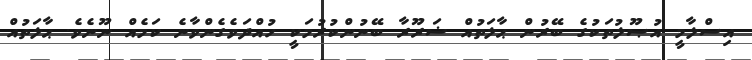
އިސްލާމީ އުޞޫލުތަކުގެ ބޭރުން ޙާލަތުއް ޟަރޫރާ ބޭނުންކުރުމަކީ ހުއްދަވެގެންވާނެ ކަމެއް ނޫނެވެ. ޙާލަތުއް